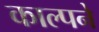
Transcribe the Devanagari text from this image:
काल्पने